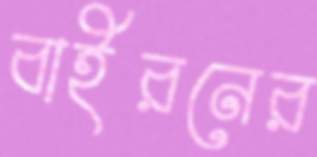
বাইরনের